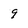
Character: 9